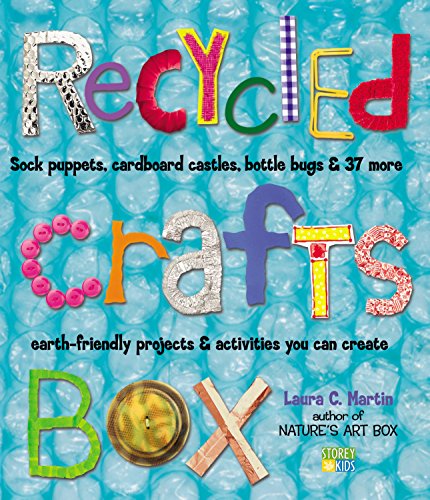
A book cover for Recycled Crafts Box; Laura C. Martin; Crafts, Hobbies & Home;